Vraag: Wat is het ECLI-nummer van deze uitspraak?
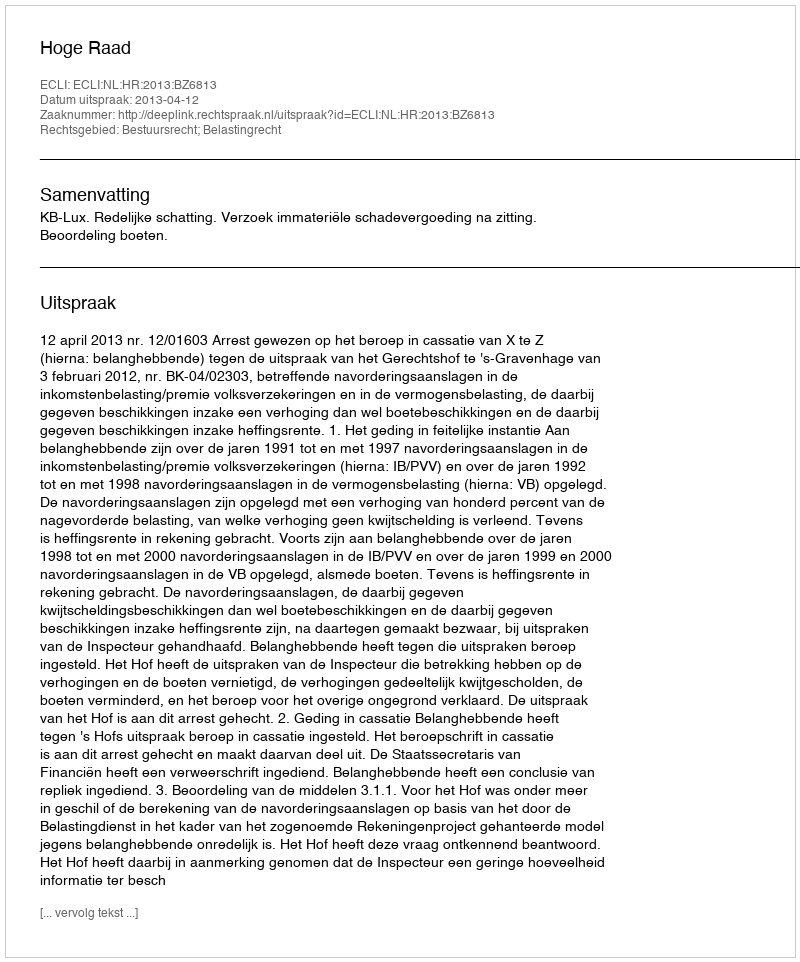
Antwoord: ECLI:NL:HR:2013:BZ6813